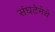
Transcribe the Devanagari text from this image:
संघटेनेचे